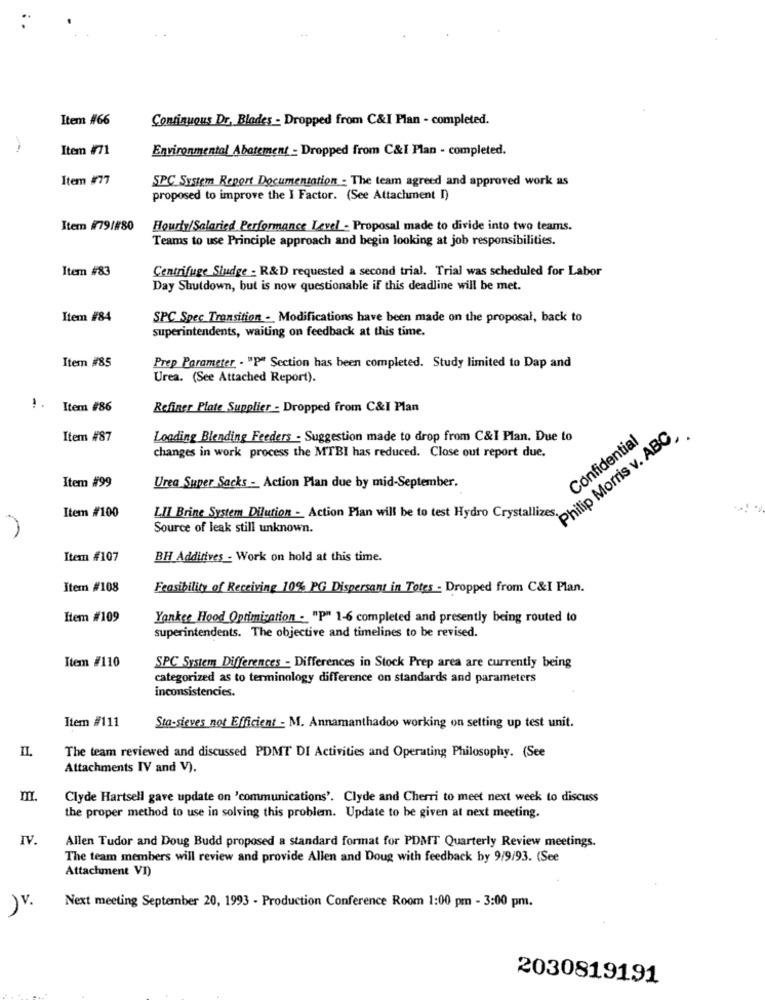
Item #66
Continuous Dr. Blades - Dropped from C&I Plan - completed.
Item #71
Environmental Abatement - Dropped from C&I Plan - completed.
Item #77
SPC System Report Documentation - The team agreed and approved work as
proposed to improve the I Factor. (See Attachment I)
Item #79/#80
Hourly/Salaried Performance Level - Proposal made to divide into two teams.
Teams to use Principle approach and begin looking at job responsibilities.
Item #83
Centrifuge Sludge . R&D requested a second trial. Trial was scheduled for Labor
Day Shutdown, but is now questionable if this deadline will be met.
Item #84
SPC Spec Transition - Modifications have been made on the proposal, back to
superintendents, waiting on feedback at this time.
Item #85
Prep Parameter . "P" Section has been completed. Study limited to Dap and
Urea. (See Attached Report).
Item #86
Refiner Plate Supplier - Dropped from C&I Plan
Philip Morris v. ABC
Item #87
Loading Blending Feeders - Suggestion made to drop from C&I Plan. Due to
Confidential
changes in work process the MTBI has reduced. Close out report due.
Item #99
Urea Super Sacks - Action Plan due by mid-September.
Item #100
LII Brine System Dilution - Action Plan will be to test Hydro Crystallizes
Source of leak still unknown.
Item #107
BH Additives - Work on hold at this time.
Item #108
Feasibility of Receiving 10% PG Dispersant in Totes - Dropped from C&I Plan.
Item #109
Yankee Hood Optimization - "P" 1-6 completed and presently being routed to
superintendents. The objective and timelines to be revised.
Item #110
SPC System Differences - Differences in Stock Prep area are currently being
categorized as to terminology difference on standards and parameters
inconsistencies.
Item #111
Sto-sieves not Efficient - M. Annamanthadoo working on setting up test unit.
II.
The team reviewed and discussed PDMT DI Activities and Operating Philosophy. (See
Attachments IV and V).
Clyde Hartsell gave update on 'communications'. Clyde and Cherri to meet next week to discuss
the proper method to use in solving this problem. Update to be given at next meeting.
IV.
Allen Tudor and Doug Budd proposed a standard format for PDMT Quarterly Review meetings.
The team members will review and provide Allen and Doug with feedback by 9/9/93. (See
Attachment VI)
)v.
Next meeting September 20, 1993 - Production Conference Room 1:00 pm - 3:00 pm.
2030819191